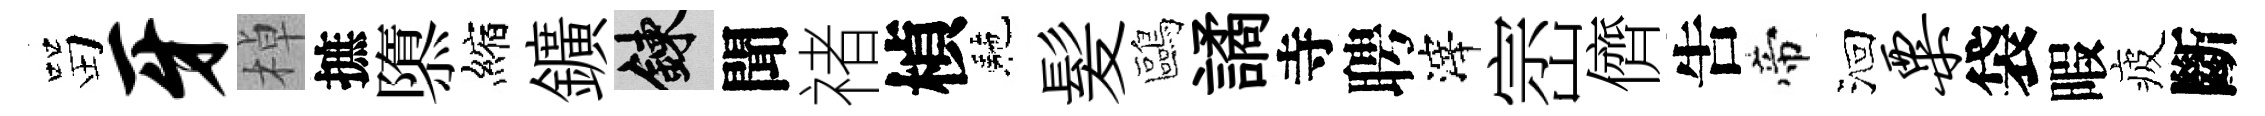
㽞牙棹摭隳縮鑛練聞禇楨駰髪鷗譎寺聘滓崈儕吿帝洄粟袋暇疲斷